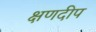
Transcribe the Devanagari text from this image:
क्षणदीप